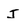
Character: J